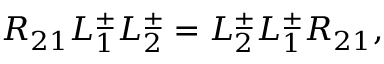
{ \cal R } _ { 2 1 } L _ { 1 } ^ { \pm } L _ { 2 } ^ { \pm } = L _ { 2 } ^ { \pm } L _ { 1 } ^ { \pm } { \cal R } _ { 2 1 } ,